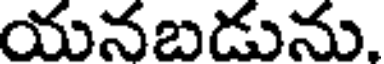
యనబడును.